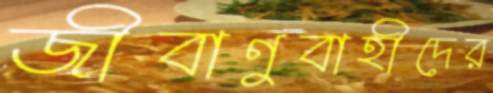
জীবাণুবাহীদের